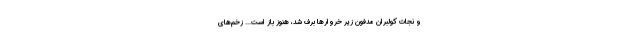
و نجات كولبران مدفون زير خروارها برف شد، هنوز باز است... زخم‌هاي